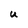
Character: U